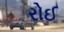
રોઈ